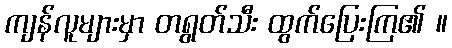
ကျန်လူများမှာ တရွတ်သီး ထွက်ပြေးကြ၏ ။